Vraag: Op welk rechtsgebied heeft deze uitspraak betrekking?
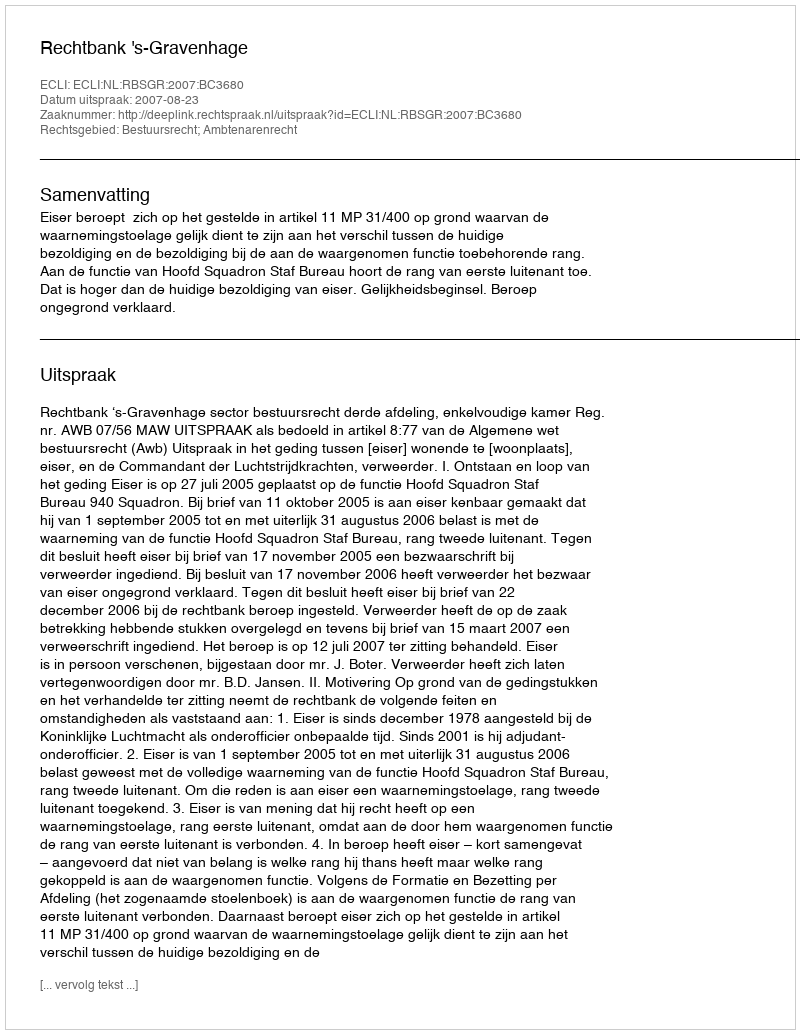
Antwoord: Bestuursrecht; Ambtenarenrecht